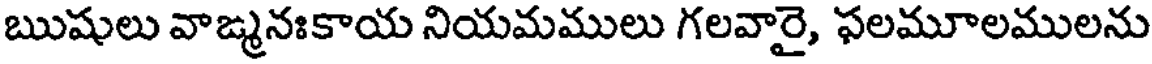
ఋషులు వాఙ్మనఃకాయ నియమములు గలవారై, ఫలమూలములను